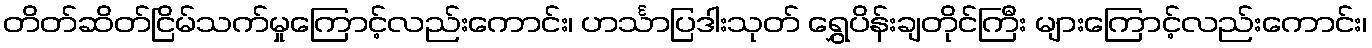
တိတ်ဆိတ်ငြိမ်သက်မှုကြောင့်လည်းကောင်း၊ ဟင်္သာပြဒါးသုတ် ရွှေပိန်းချတိုင်ကြီး များကြောင့်လည်းကောင်း၊